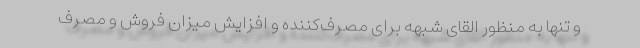
و تنها به منظور القای شبهه برای مصرف‌کننده و افزایش میزان فروش و مصرف